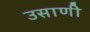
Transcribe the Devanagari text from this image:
उसाणी